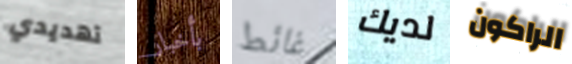
تهديدي بأخبار غائط لديك الراكون